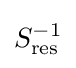
S_{\text{res}}^{-1}